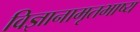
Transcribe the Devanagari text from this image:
विज्ञानामृतभाष्य